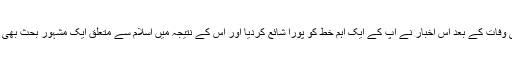
لیکن آپ کی وفات کے بعد اس اخبار نے آپ کے ایک اہم خط کو پورا شائع کردیا اور اس کے نتیجہ میں اسلام سے متعلق ایک مشہور بحث بھی جاری رہی۔